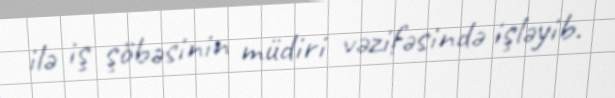
ilə iş şöbəsinin müdiri vəzifəsində işləyib.